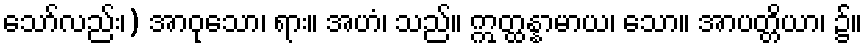
သော်လည်း၊) အာဝုသော၊ ရား။ အဟံ၊ သည်။ ဣတ္ထန္နာမာယ၊ သော။ အာပတ္တိယာ၊ ၌။